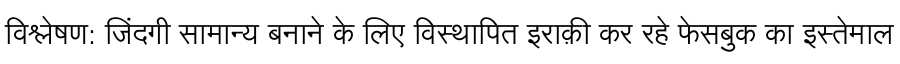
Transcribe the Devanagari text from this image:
विश्लेषण: जिंदगी सामान्य बनाने के लिए विस्थापित इराक़ी कर रहे फेसबुक का इस्तेमाल